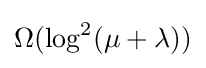
\Omega (\log ^{2}(\mu +\lambda ))